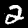
Digit: 2